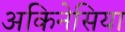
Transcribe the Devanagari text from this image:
अकिनेसिया